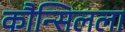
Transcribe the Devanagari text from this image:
कौन्सिलला